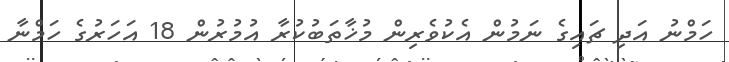
ހަމްނު އަދި ޗައިގެ ނަމުން އެކުވެރިން މުޚާތަބުކުރާ އުމުރުން 18 އަހަރުގެ ހަމްނާ